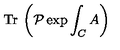
{ \mathrm { T r } } \: \left( \mathcal { P } \exp { \int _ { C } A } \right)